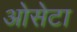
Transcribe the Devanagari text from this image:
ओसेटा